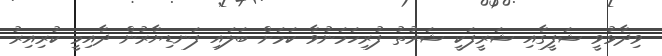
ވިދާޅުވީ ޝަފީގާއި ޝަރީފަކީ ޝަރުތު ފުރިހަމަނުވާ ކަމަށް ބަލައި ފަނޑިޔާރުން ދާއިމީ ކުރިއިރު